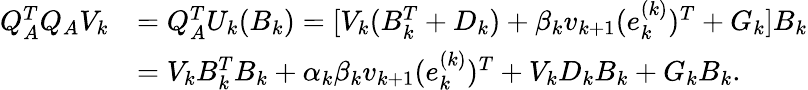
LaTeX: \begin{array}{rl}{Q_{A}^{T}Q_{A}V_{k}}&{=Q_{A}^{T}U_{k}(B_{k})=[V_{k}(B_{k}^{T}+D_{k})+\beta_{k}v_{k+1}(e_{k}^{(k)})^{T}+G_{k}]B_{k}}\\ &{=V_{k}B_{k}^{T}B_{k}+\alpha_{k}\beta_{k}v_{k+1}(e_{k}^{(k)})^{T}+V_{k}D_{k}B_{k}+G_{k}B_{k}.}\end{array}